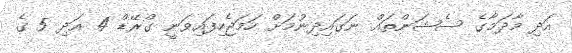
އަދި މާދަމާގެ ސެޝަންތައް ނަަގައިދިނުމަށް ހަމަޖެހިފައިވަނީ ގްރޭޑް 4 އަދި 5 ގެ